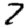
Digit: 7